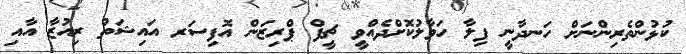
ކުޅުންތެރިންނަށް ހަނދާނީ ފިލާ ހަވާލުކޮށްދެއްވީ ޗީފް ޕްރިޒަން އޮފިސަރ އައިޝަތު ރިއުޒާ އާއި